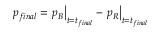
p _ { f i n a l } = \left. p _ { B } \right| _ { t = t _ { f i n a l } } - \left. p _ { R } \right| _ { t = t _ { f i n a l } }